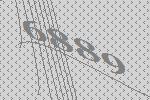
6889